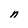
Character: n